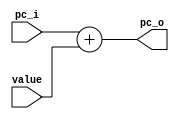
module Adder
(
    pc_i,
    value,
    pc_o,
);

input [31:0] pc_i;
input [31:0] value;
output [31:0] pc_o;

wire [31:0] pc_o;

assign pc_o = pc_i + value;

endmodule